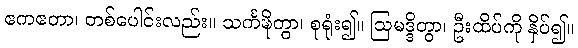
ဧကဧတာ၊ တစ်ပေါင်းလည်း။ သင်္ကဍ္ဎိတွာ၊ စုရုံး၍။ ဩမဒ္ဒိတွာ၊ ဦးထိပ်ကို နှိပ်၍။